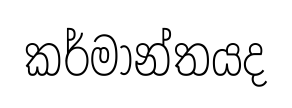
කර්මාන්තයද